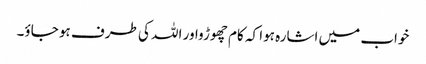
خواب میں اشارہ ہوا کہ کام چھوڑواور اللہ کی طرف ہو جاؤ۔